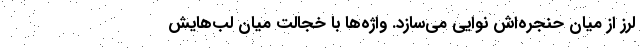
لرز از میان حنجره‌اش نوایی می‌سازد. واژه‌ها با خجالت میان لب‌هایش